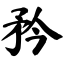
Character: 矜